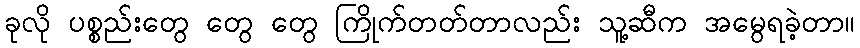
ခုလို ပစ္စည်းတွေ တွေ တွေ ကြိုက်တတ်တာလည်း သူ့ဆီက အမွေရခဲ့တာ။